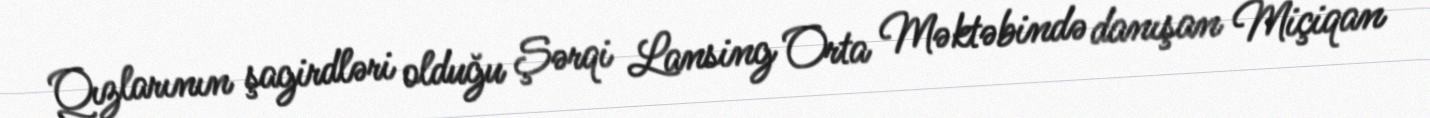
Qızlarının şagirdləri olduğu Şərqi Lansing Orta Məktəbində danışan Miçiqan